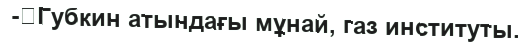
-	Губкин атындағы мұнай, газ институты.